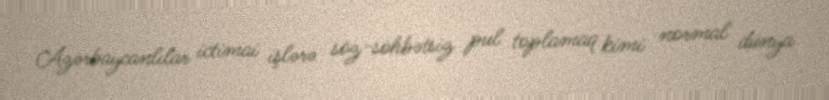
Azərbaycanlılar ictimai işlərə söz-söhbətsiz pul toplamaq kimi normal dünya